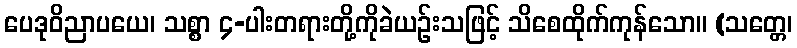
ပေဒုဝိညာပယေ၊ သစ္စာ ၄-ပါးတရားတို့ကိုခဲယဉ်းသဖြင့် သိစေထိုက်ကုန်သော။ (သတ္တေ၊